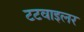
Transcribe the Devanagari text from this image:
टटवाइलर